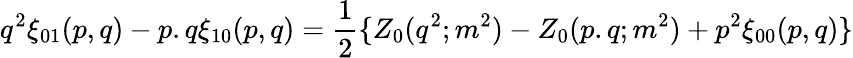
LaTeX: q^{2}\xi_{01}(p,q)-p.q\xi_{10}(p,q)={\frac{1}{2}}\{ Z_{0}(q^{2};m^{2})-Z_{0}(p.q;m^{2})+p^{2}\xi_{00}(p,q)\}